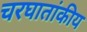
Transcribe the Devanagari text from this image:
चरघातांकीय